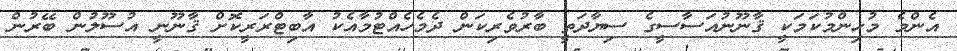
އެންމެ މުހިންމުކަމަކީ ޤާނޫނުއަސާސީގެ ސިޔާދަތީ ބާރުވެރިކަން ދެމެހެއްޓުމާއެކު އާބިޓްރަރީކޮށް ޤާނޫނީ އުސޫލުން ބޭރުން